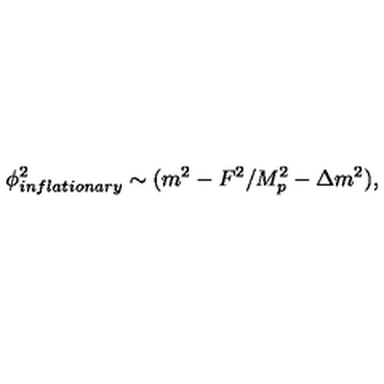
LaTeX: \phi _ { i n f l a t i o n a r y } ^ { 2 } \sim ( m ^ { 2 } - F ^ { 2 } / M _ { p } ^ { 2 } - \Delta m ^ { 2 } ) ,